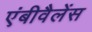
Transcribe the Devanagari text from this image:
एंबीवैलेंस